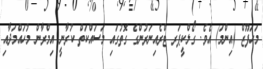
މަހަފޫޒް (އިންމަ) އެވެ. ގޯލްކީޕަރ ޓްރެއިނަރުންގެ ގޮތުގައި މަސައްކަތް ކުރާނީ އިމްރާން މުހައްމަދާއި